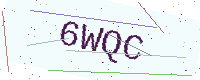
Text: 6WQC